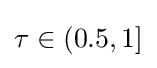
\tau \in (0.5,1]